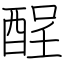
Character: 酲